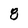
Character: 8